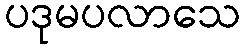
ပဒုမပလာသေ